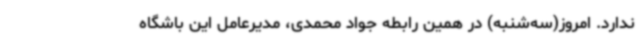
ندارد. امروز(سه‌شنبه) در همین رابطه جواد محمدی، مدیرعامل این باشگاه